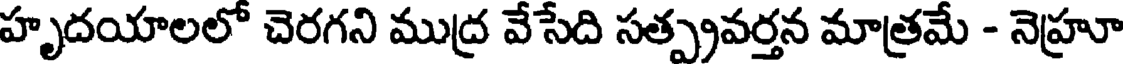
హృదయాలలో చెరగని ముద్ర వేసేది సత్ప్రవర్తన మాత్రమే - నెహ్రూ